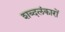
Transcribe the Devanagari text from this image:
शब्दलंकारों